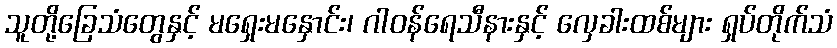
သူတို့ခြေသံတွေနှင့် မရှေးမနှောင်း၊ ဂါဝန်ရေသီနားနှင့် လှေခါးထစ်များ ရှပ်တိုက်သံ